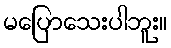
မပြောသေးပါဘူး။